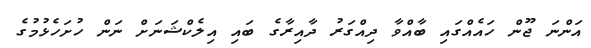
އަންނަ ޖޫން ހައެއްގައި ބާއްވާ ދިއްގަރު ދާއިރާގެ ބައި އިލެކްޝަނަށް ނަން ހުށަހެޅުމުގެ